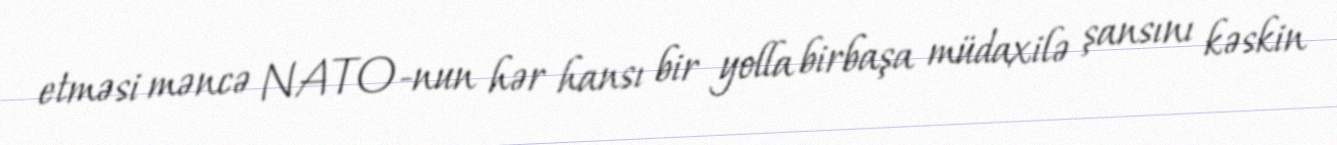
etməsi məncə NATO-nun hər hansı bir yolla birbaşa müdaxilə şansını kəskin